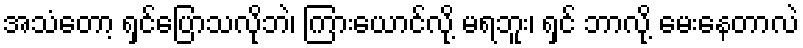
အသံတော့ ရှင်ပြောသလိုဘဲ၊ ကြားယောင်လို့ မရဘူး၊ ရှင် ဘာလို့ မေးနေတာလဲ